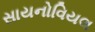
સાયનોવિયલ